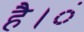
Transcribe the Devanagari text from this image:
है।ं